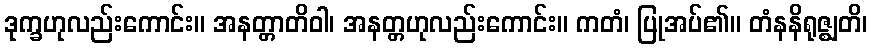
ဒုက္ခဟုလည်းကောင်း။ အနတ္တာတိဝါ၊ အနတ္တဟုလည်းကောင်း။ ကတံ၊ ပြုအပ်၏။ တံနနိရုဇ္ဈတိ၊